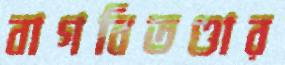
বাগবিতণ্ডার